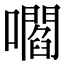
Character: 嚪